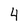
Character: 4